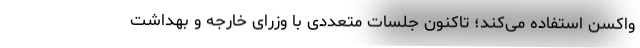
واکسن استفاده می‌کند؛ تاکنون جلسات متعددی با وزرای خارجه و بهداشت